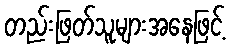
တည်းဖြတ်သူများအနေဖြင့်